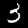
Label: 3